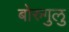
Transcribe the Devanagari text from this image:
बोरुगुलु